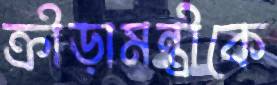
ক্রীড়ামন্ত্রীকে